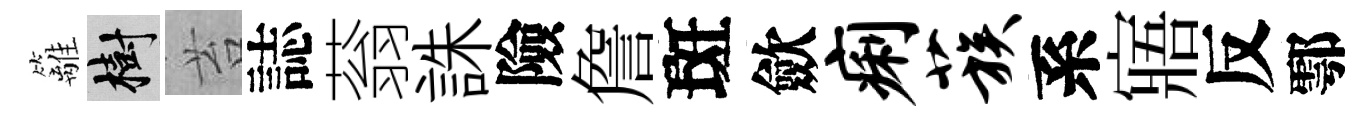
籬樹苔誌蓊誅險詹斑歛痢蔟系寤反鄠